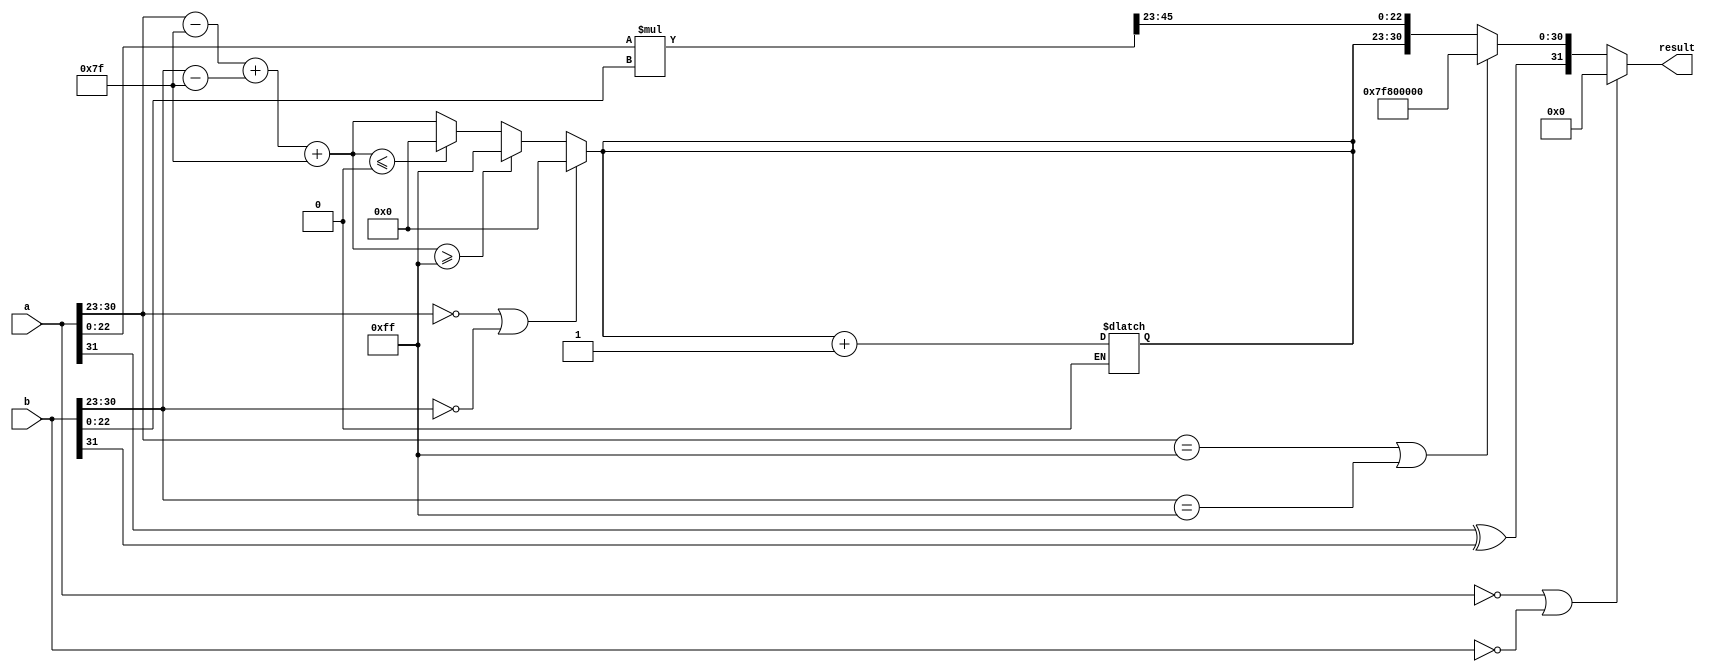
module fp_multiplier (
    input [31:0] a, // First operand
    input [31:0] b, // Second operand
    output reg [31:0] result // Result of multiplication
);
    // Constants
    localparam BIAS = 8'd127;
    localparam EXPONENT_MAX = 8'd255;

    // Internal signals
    wire sign_a, sign_b;
    wire [7:0] exp_a, exp_b;
    wire [22:0] mant_a, mant_b;
    wire [47:0] mant_product; // 23 + 23 = 46 bits, plus 1 for normalization
    wire [7:0] exp_sum;
    reg [7:0] exp_result;
    reg sign_result;
    reg [23:0] mant_result;
    
    // Extract components
    assign sign_a = a[31];
    assign exp_a = a[30:23];
    assign mant_a = {1'b1, a[22:0]}; // Implicit leading 1

    assign sign_b = b[31];
    assign exp_b = b[30:23];
    assign mant_b = {1'b1, b[22:0]}; // Implicit leading 1

    // Sign calculation
    always @(*) begin
        sign_result = sign_a ^ sign_b; // XOR for sign
    end

    // Exponent calculation
    always @(*) begin
        if (exp_a == 8'd0 || exp_b == 8'd0) begin
            exp_result = 8'd0; // Any zero input results in zero
        end else begin
            exp_sum = (exp_a - BIAS) + (exp_b - BIAS) + BIAS; // Add exponents with bias
            if (exp_sum >= EXPONENT_MAX) begin
                exp_result = EXPONENT_MAX; // Clamp to max
            end else if (exp_sum <= 8'd0) begin
                exp_result = 8'd0; // Clamp to zero
            end else begin
                exp_result = exp_sum;
            end
        end
    end

    // Mantissa calculation
    assign mant_product = mant_a * mant_b; // Multiply mantissas

    always @(*) begin
        if (mant_product[47]) begin
            // Normalization needed
            mant_result = mant_product[46:24]; // Shift right
            exp_result = exp_result + 1; // Adjust exponent
        end else begin
            mant_result = mant_product[45:23]; // Use upper 23 bits
        end
    end

    // Output result assembly
    always @(*) begin
        if (a == 32'b0 || b == 32'b0) begin
            result = 32'b0; // Output zero
        end else if ((exp_a == EXPONENT_MAX) || (exp_b == EXPONENT_MAX)) begin
            if (mant_a[22:0] == 23'b0 || mant_b[22:0] == 23'b0) begin
                result = {sign_result, EXPONENT_MAX, 23'b0}; // Infinity
            end else begin
                result = {sign_result, EXPONENT_MAX, 23'b0}; // Infinity
            end
        end else if ((a[30:23] == 8'hFF) || (b[30:23] == 8'hFF)) begin
            result = {1'b1, 8'hFF, 23'b0}; // NaN
        end else begin
            result = {sign_result, exp_result, mant_result[22:0]}; // Assemble result
        end
    end
endmodule